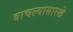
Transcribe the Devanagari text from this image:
वाचल्यासारखे